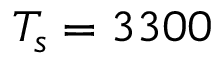
T _ { s } = 3 3 0 0